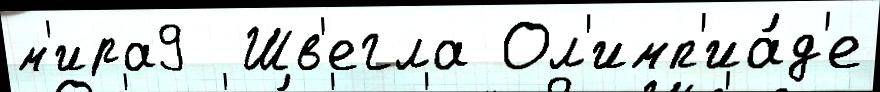
м'ира9  Шв'егла Ол'имп'иа́д'е